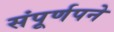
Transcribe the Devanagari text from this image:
संपूर्णपने